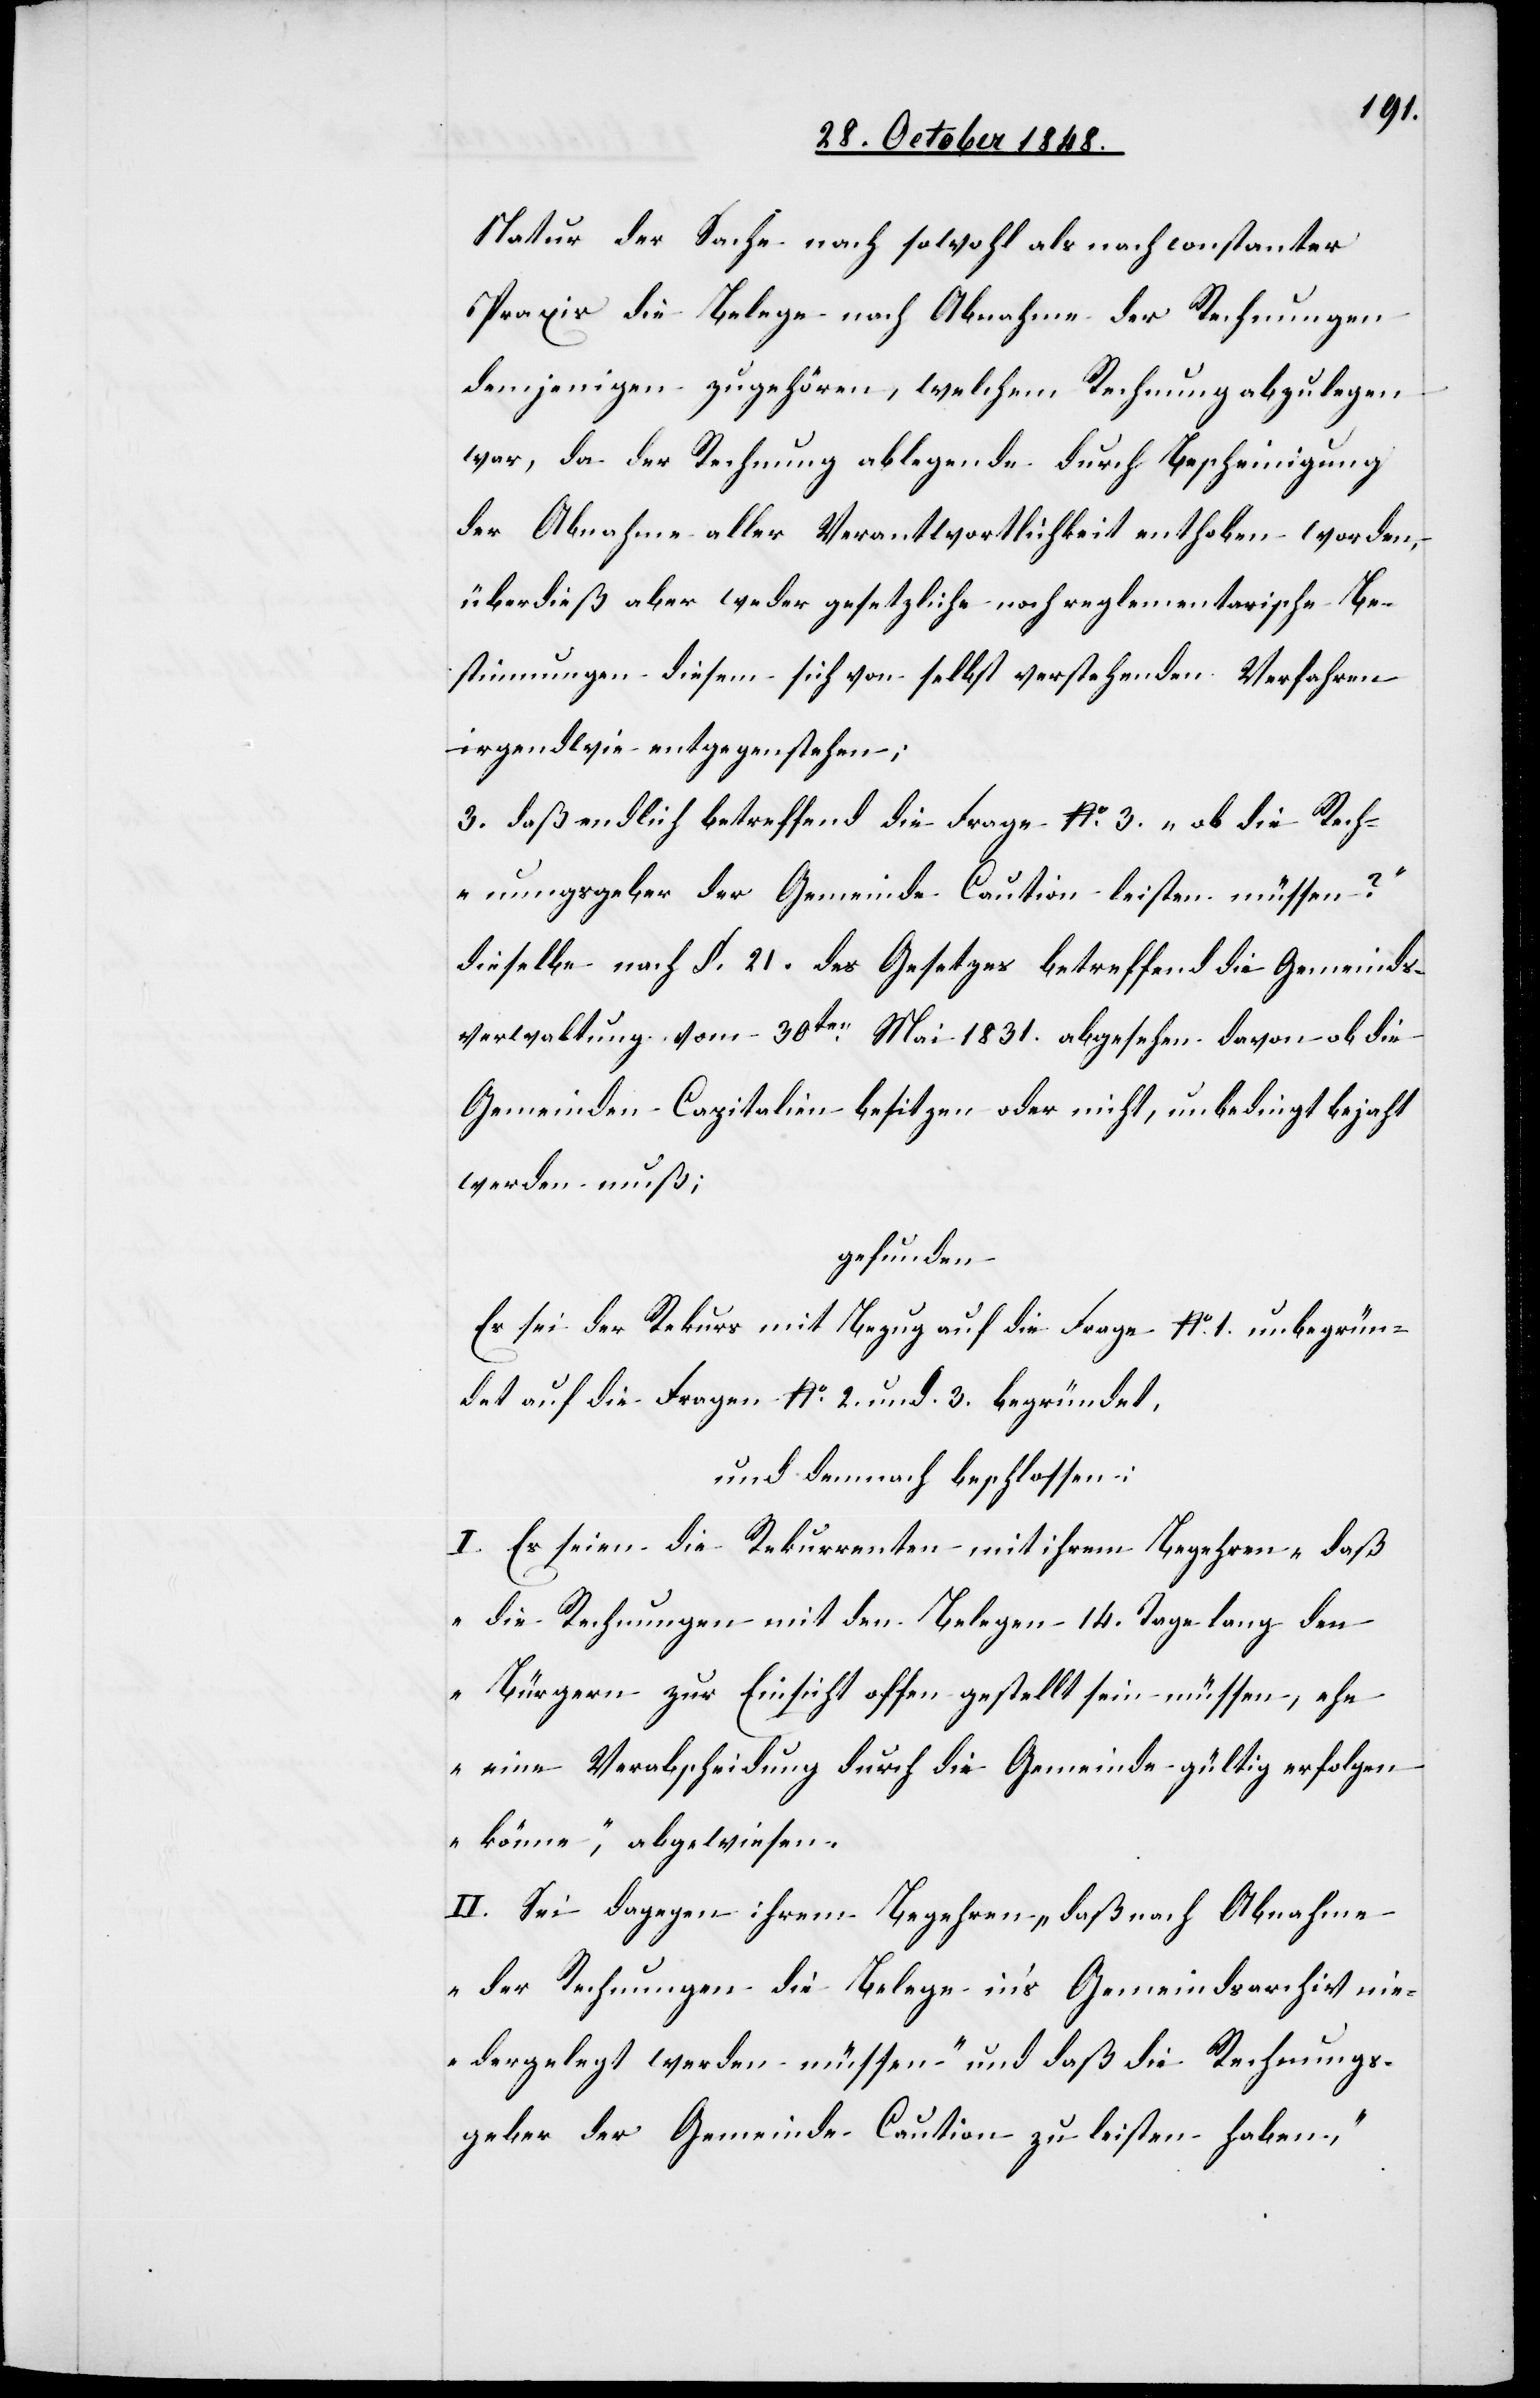
Natur der Sache nach sowohl als nach constanter
Praxis die Belege nach Abnahme der Rechnungen
demjenigen zugehören, welchem Rechnung abzulegen
war, da der Rechnungablegende durch Bescheinigung
der Abnahme aller Verantwortlichkeit enthoben worden,
überdieß aber weder gesetzliche noch reglementarische Be¬
stimmungen diesem sich von selbst verstehenden Verfahren
irgendwie entgegenstehen;
3. daß endlich betreffend die Frage No 3. „ob die Rech¬
nungsgeber der Gemeinde Caution leisten müssen?“
dieselbe nach §. 21. des Gesetzes betreffend die Gemeinds¬
verwaltung vom 30ten Mai 1831. abgesehen davon ob die
Gemeinden Capitalien besitzen oder nicht, unbedingt bejaht
werden muß;
gefunden
Es sei der Rekurs mit Bezug auf die Frage No 1. unbegrün¬
det auf die Fragen No 2. und 3. begründet.
und demnach beschlossen:
I. Es seien die Rekurrenten mit ihrem Begehren „daß
die Rechnungen mit den Belegen 14. Tage lang den
Bürgern zur Einsicht offen gestellt sein müssen, ehe
eine Verabscheidung durch die Gemeinde gültig erfolgen
könne“, abgewiesen.
II. Sei dagegen ihrem Begehren „daß nach Abnahme
der Rechnungen die Belege in’s Gemeindsarchiv ni¬
edergelegt werden müssen“ und daß die Rechnungs¬
geber der Gemeinde Caution zu leisten haben,“